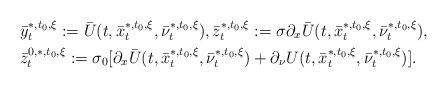
LaTeX: \begin{align*}\begin{aligned}&\bar y_t^{*,t_0,\xi}:=\bar U(t,\bar x_t^{*,t_0,\xi}, \bar \nu_t^{*,t_0,\xi}),\bar z_t^{*,t_0,\xi}:=\sigma\partial_x\bar U(t,\bar x_t^{*,t_0,\xi},\bar \nu_t^{*,t_0,\xi}),\\& \bar z_t^{0,*,t_0,\xi}:=\sigma_0[\partial_x\bar U(t,\bar x_t^{*,t_0,\xi},\bar\nu_t^{*,t_0,\xi})+\partial_\nu U(t,\bar x_t^{*,t_0,\xi},\bar\nu_t^{*,t_0,\xi})]. \end{aligned}\end{align*}